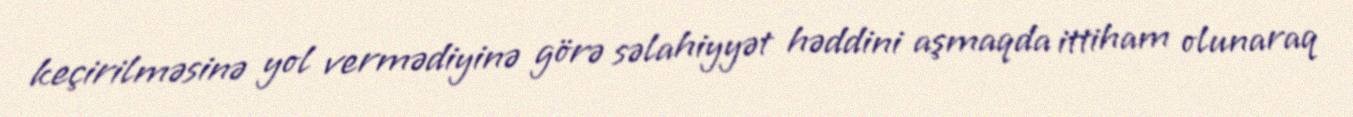
keçirilməsinə yol vermədiyinə görə səlahiyyət həddini aşmaqda ittiham olunaraq